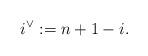
LaTeX: \begin{align*} i^\vee := n+1-i.\end{align*}